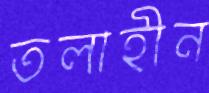
তলাহীন